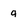
Character: q